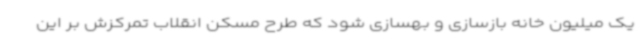
یک میلیون خانه بازسازی و بهسازی شود که طرح مسکن انقلاب تمرکزش بر این